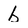
Character: b